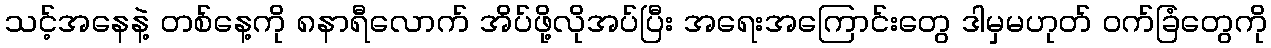
သင့်အနေနဲ့ တစ်နေ့ကို ၈နာရီလောက် အိပ်ဖို့လိုအပ်ပြီး အရေးအကြောင်းတွေ ဒါမှမဟုတ် ဝက်ခြံတွေကို